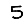
Digit: 5